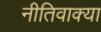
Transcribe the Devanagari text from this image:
नीतिवाक्या